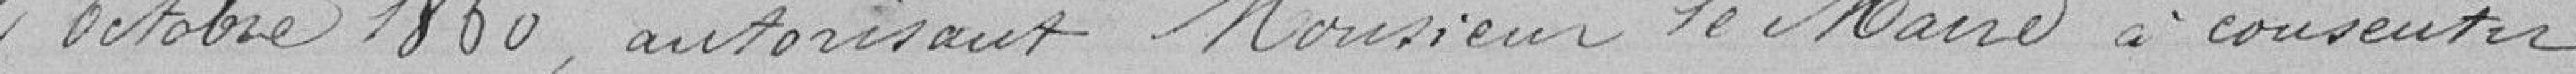
2 octobre 1860, autorisant Monsieur le Maire à consentir